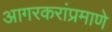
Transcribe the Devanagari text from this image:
आगरकरांप्रमाणे